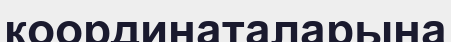
координаталарына